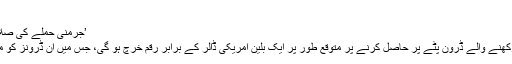
(18.07.2018)
’جرمنی حملے کی صلاحیت والے اسرائیلی ڈرون لیز پر لے گا‘
اسرائیل سے حملہ کرنے کی صلاحیت رکھنے والے ڈرون پٹے پر حاصل کرنے پر متوقع طور پر ایک بلین امریکی ڈالر کے برابر رقم خرچ ہو گی، جس میں ان ڈرونز کو مسلح کرنے کے اخراجات شامل نہیں ہیں۔